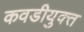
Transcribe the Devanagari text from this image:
कवडीयुक्‍त